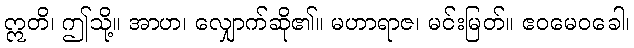
ဣတိ၊ ဤသို့။ အာဟ၊ လျှောက်ဆို၏။ မဟာရာဇ၊ မင်းမြတ်။ ဧဝမေဝခေါ၊